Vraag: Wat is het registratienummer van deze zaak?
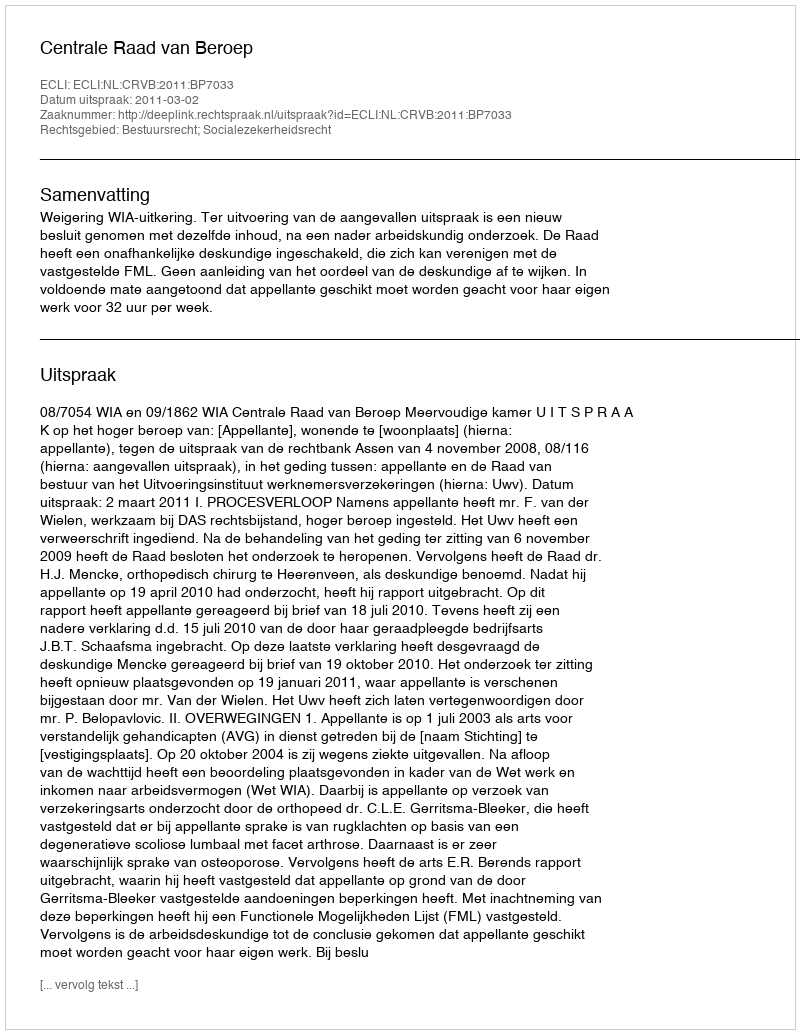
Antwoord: http://deeplink.rechtspraak.nl/uitspraak?id=ECLI:NL:CRVB:2011:BP7033